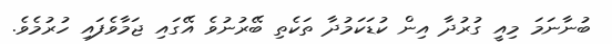
ބުނާނަމަ މިއީ ގުރުދާ އިން ކުޑަކަމުދާ ތަކެތި ބޭރުނުވެ އޭގައި ޖަމާވެފައި ހުރުމެވެ.